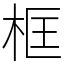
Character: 框